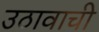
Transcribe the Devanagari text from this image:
उठावाची